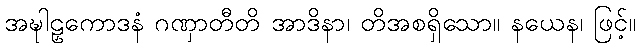
အဍ္ဎါဠှကောဒနံ ဂဏှာတီတိ အာဒိနာ၊ တိအစရှိသော။ နယေန၊ ဖြင့်။